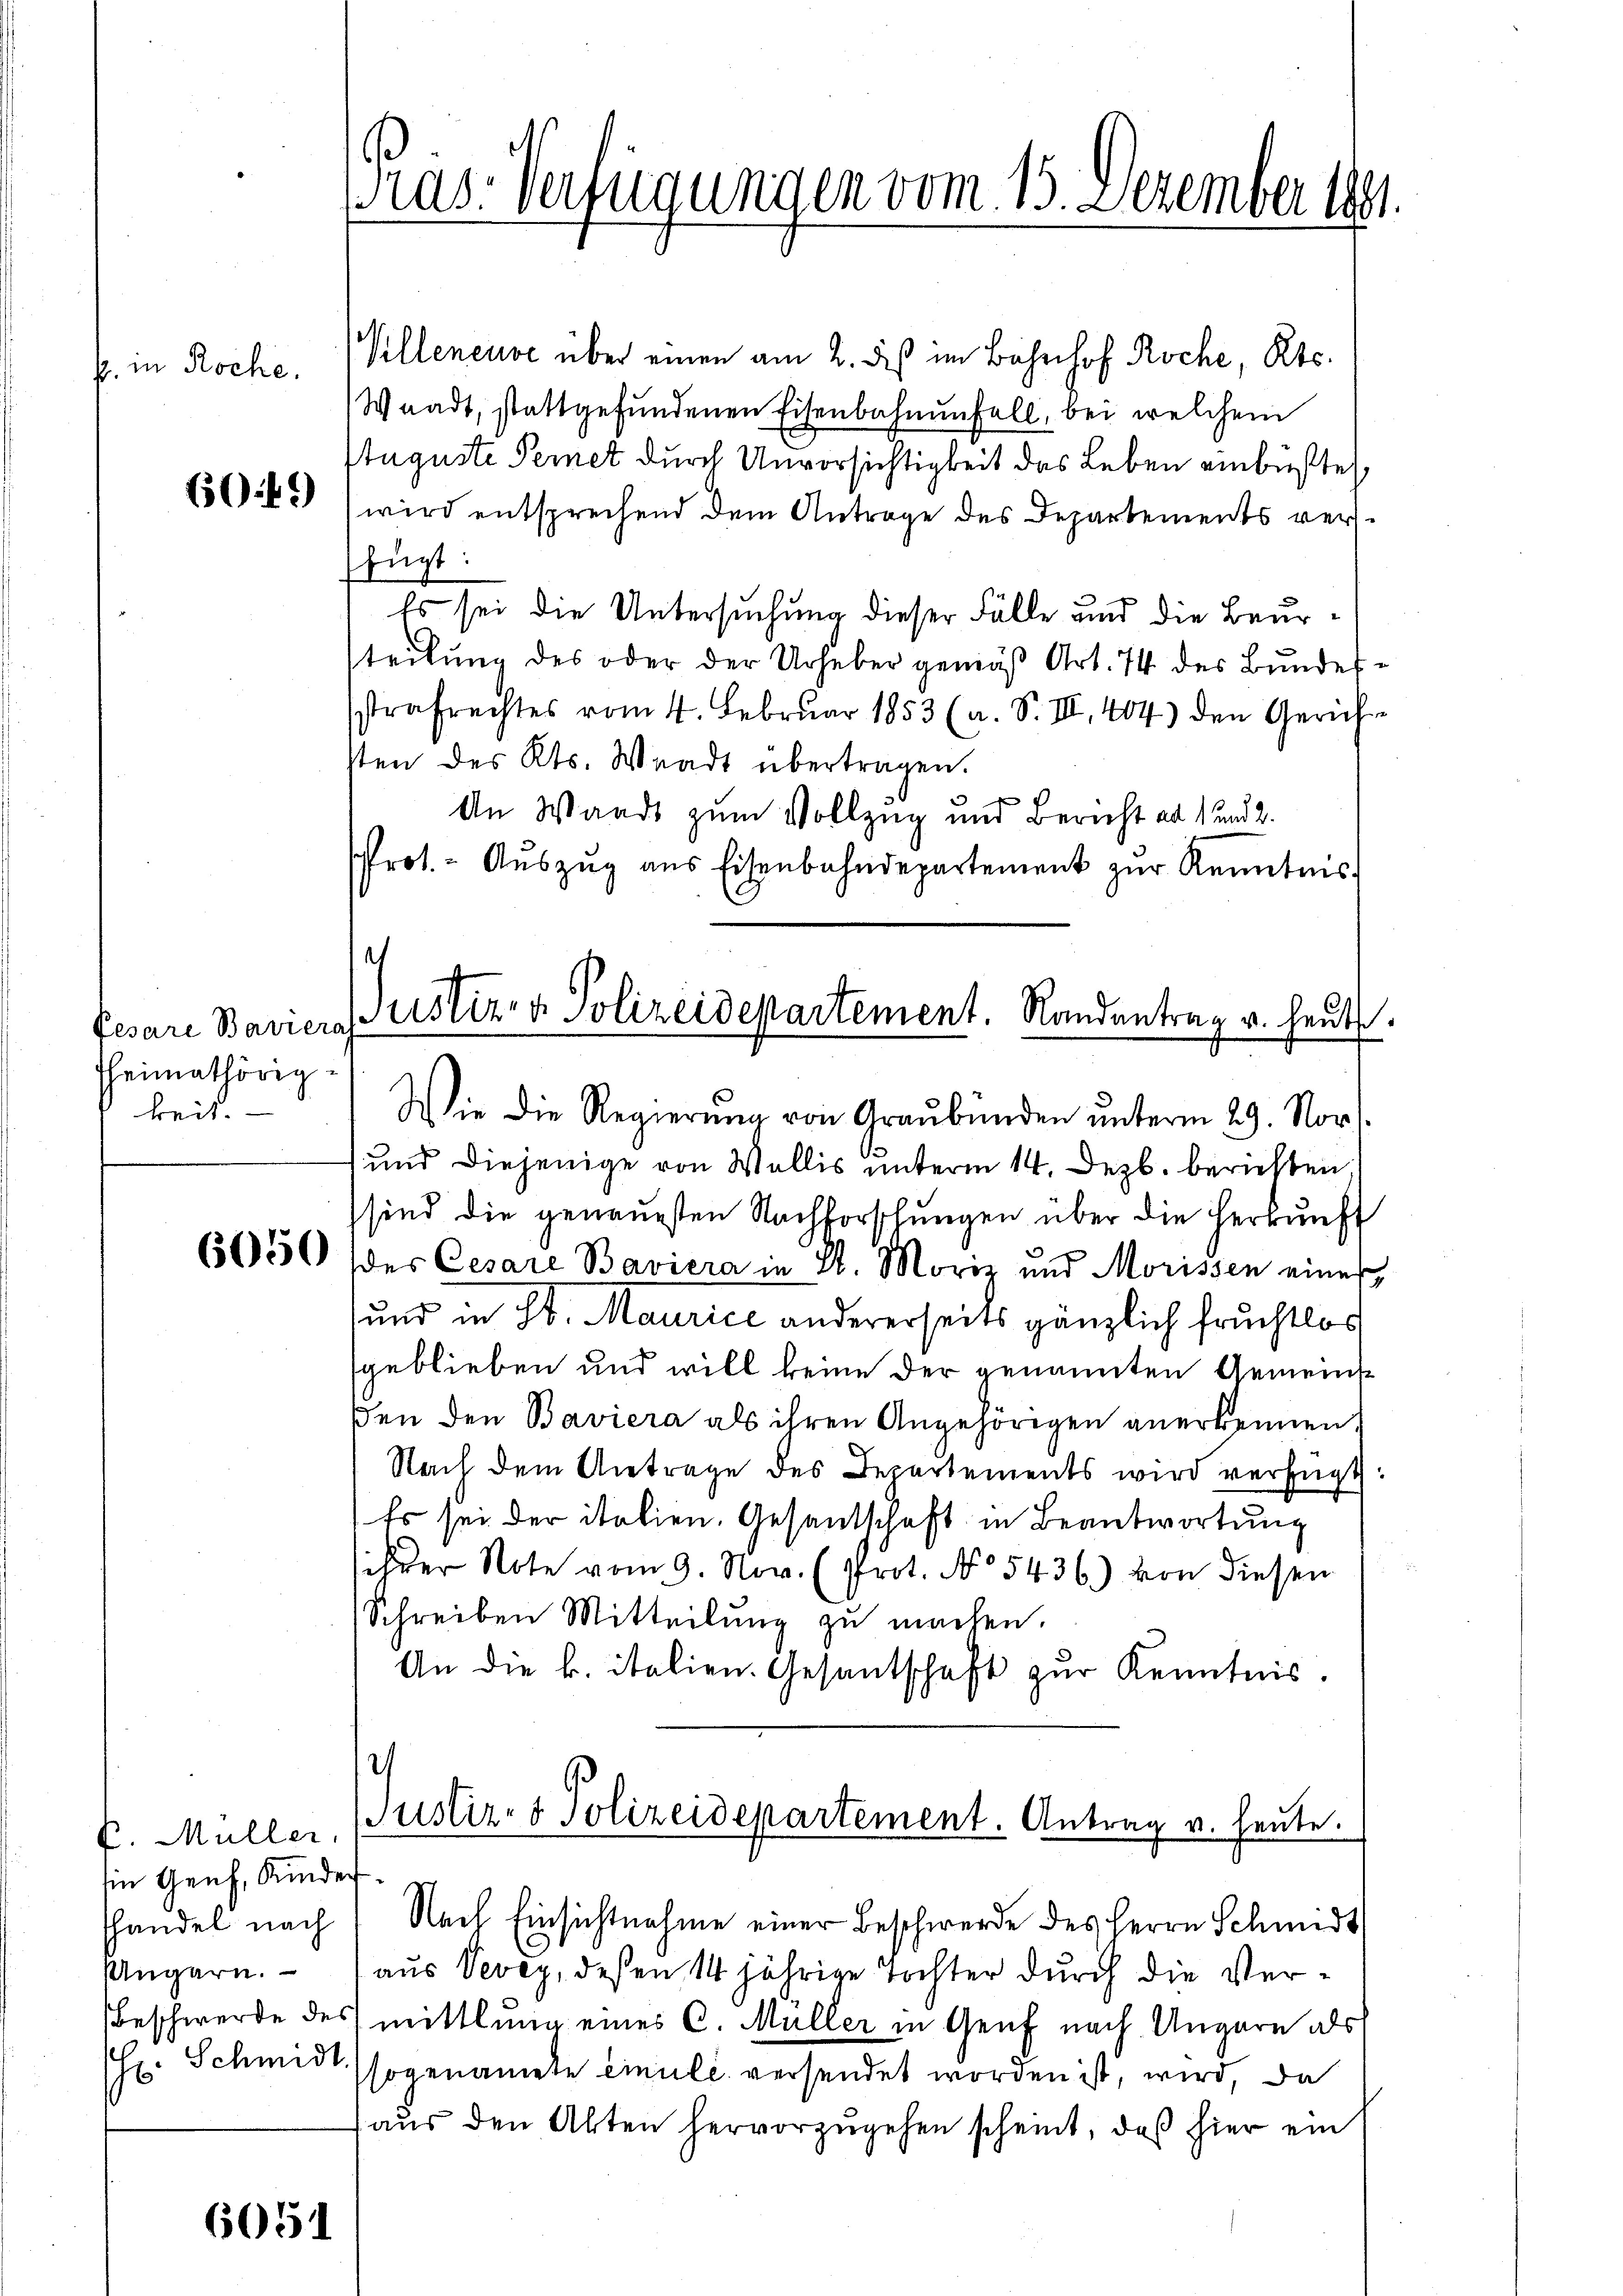
. in Roche.

6049

Pesare Baviera
heimathörig
keit.

6050

fügt:

B. Müller.
in Genf, Kindes
handel nach
Ungarn.

6051

Pras. Verfügungen vom 15. Dezember 1891

aus Vevey, deßen 14 jährige Tochter durch die Ver¬
Beschwerde des mittlung eines C. Müller in Genf nach Ungarn als
(Hr. Schmid sogenamte Einule versendet worden ist, wird, da
aŭs den Alten hervorzŭgehen scheint, daß hier ein

Villeneuve über einen am 2. daß im Bahnhof Roche, etc.
Waadt, stattgefŭndenen Eisenbahnenfall, bei welchem
Auguste Peret durch Unvorsichtigkeit das Leben einbüßte,
wird entsprechend dem Antrage des Departements ver¬
Es sei die Untersuchung dieser Fälle und die Beursteilung des oder der Urheber gemäß Art. 74 des Bundessstrafrechtes vom 4. Februar 1853 (a. S. III, 404) den Gerich
sten des Kts. Waadt übertragen.
An Wande zum Vollzug und Bericht als und 2.
Prot. - Aŭszŭg ans Eisenbahndepartement zŭr Kenntnis
125
Justiz- & Polizeidepartement. Randantrag u. heute.

Wie die Regierŭng von Graubünden unterm 29. Nov.
und diejenige von Wallis unterm 14. Dezb. berichten.
sind die genauesten Nachforschungen über die Herkunft
des Cesare Baviera in St. Moriz und Morissen einer
und in St. Maurice andererseits gänzlich fruchtlos
geblieben und will keine der genannten Gemeinst
ßen den Baviera als ihren Angehörigen anerkennen,
Nach dem Antrage des Departements wird verfügt:
Es sei der italien. Gesantschaft in Beantwortung
ihrer Note vom 9. Nov. (Prot. No 5436.) von diesen
Schreiben Mitteilung zu machen.
An die k. italien. Gesantschaft zur Kenntnis.
2
Justiz- & Polizeidepartement. Antrag v. heute.

Nach Einsichtnahme einer Beschwerde des Herrn Schmidt